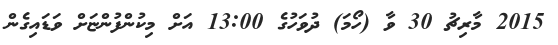
2015 މާރިޗު 30 ވާ (ހޯމަ) ދުވަހުގެ 13:00 އަށް މިކުންފުންޏަށް ވަޑައިގެން